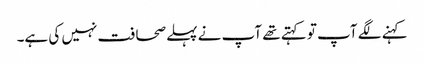
کہنے لگے آپ تو کہتے تھے آپ نے پہلے صحافت نہیں کی ہے۔